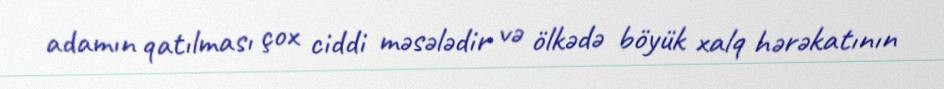
adamın qatılması çox ciddi məsələdir və ölkədə böyük xalq hərəkatının